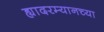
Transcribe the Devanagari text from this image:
ह्यादरम्यानच्या